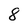
Character: 8